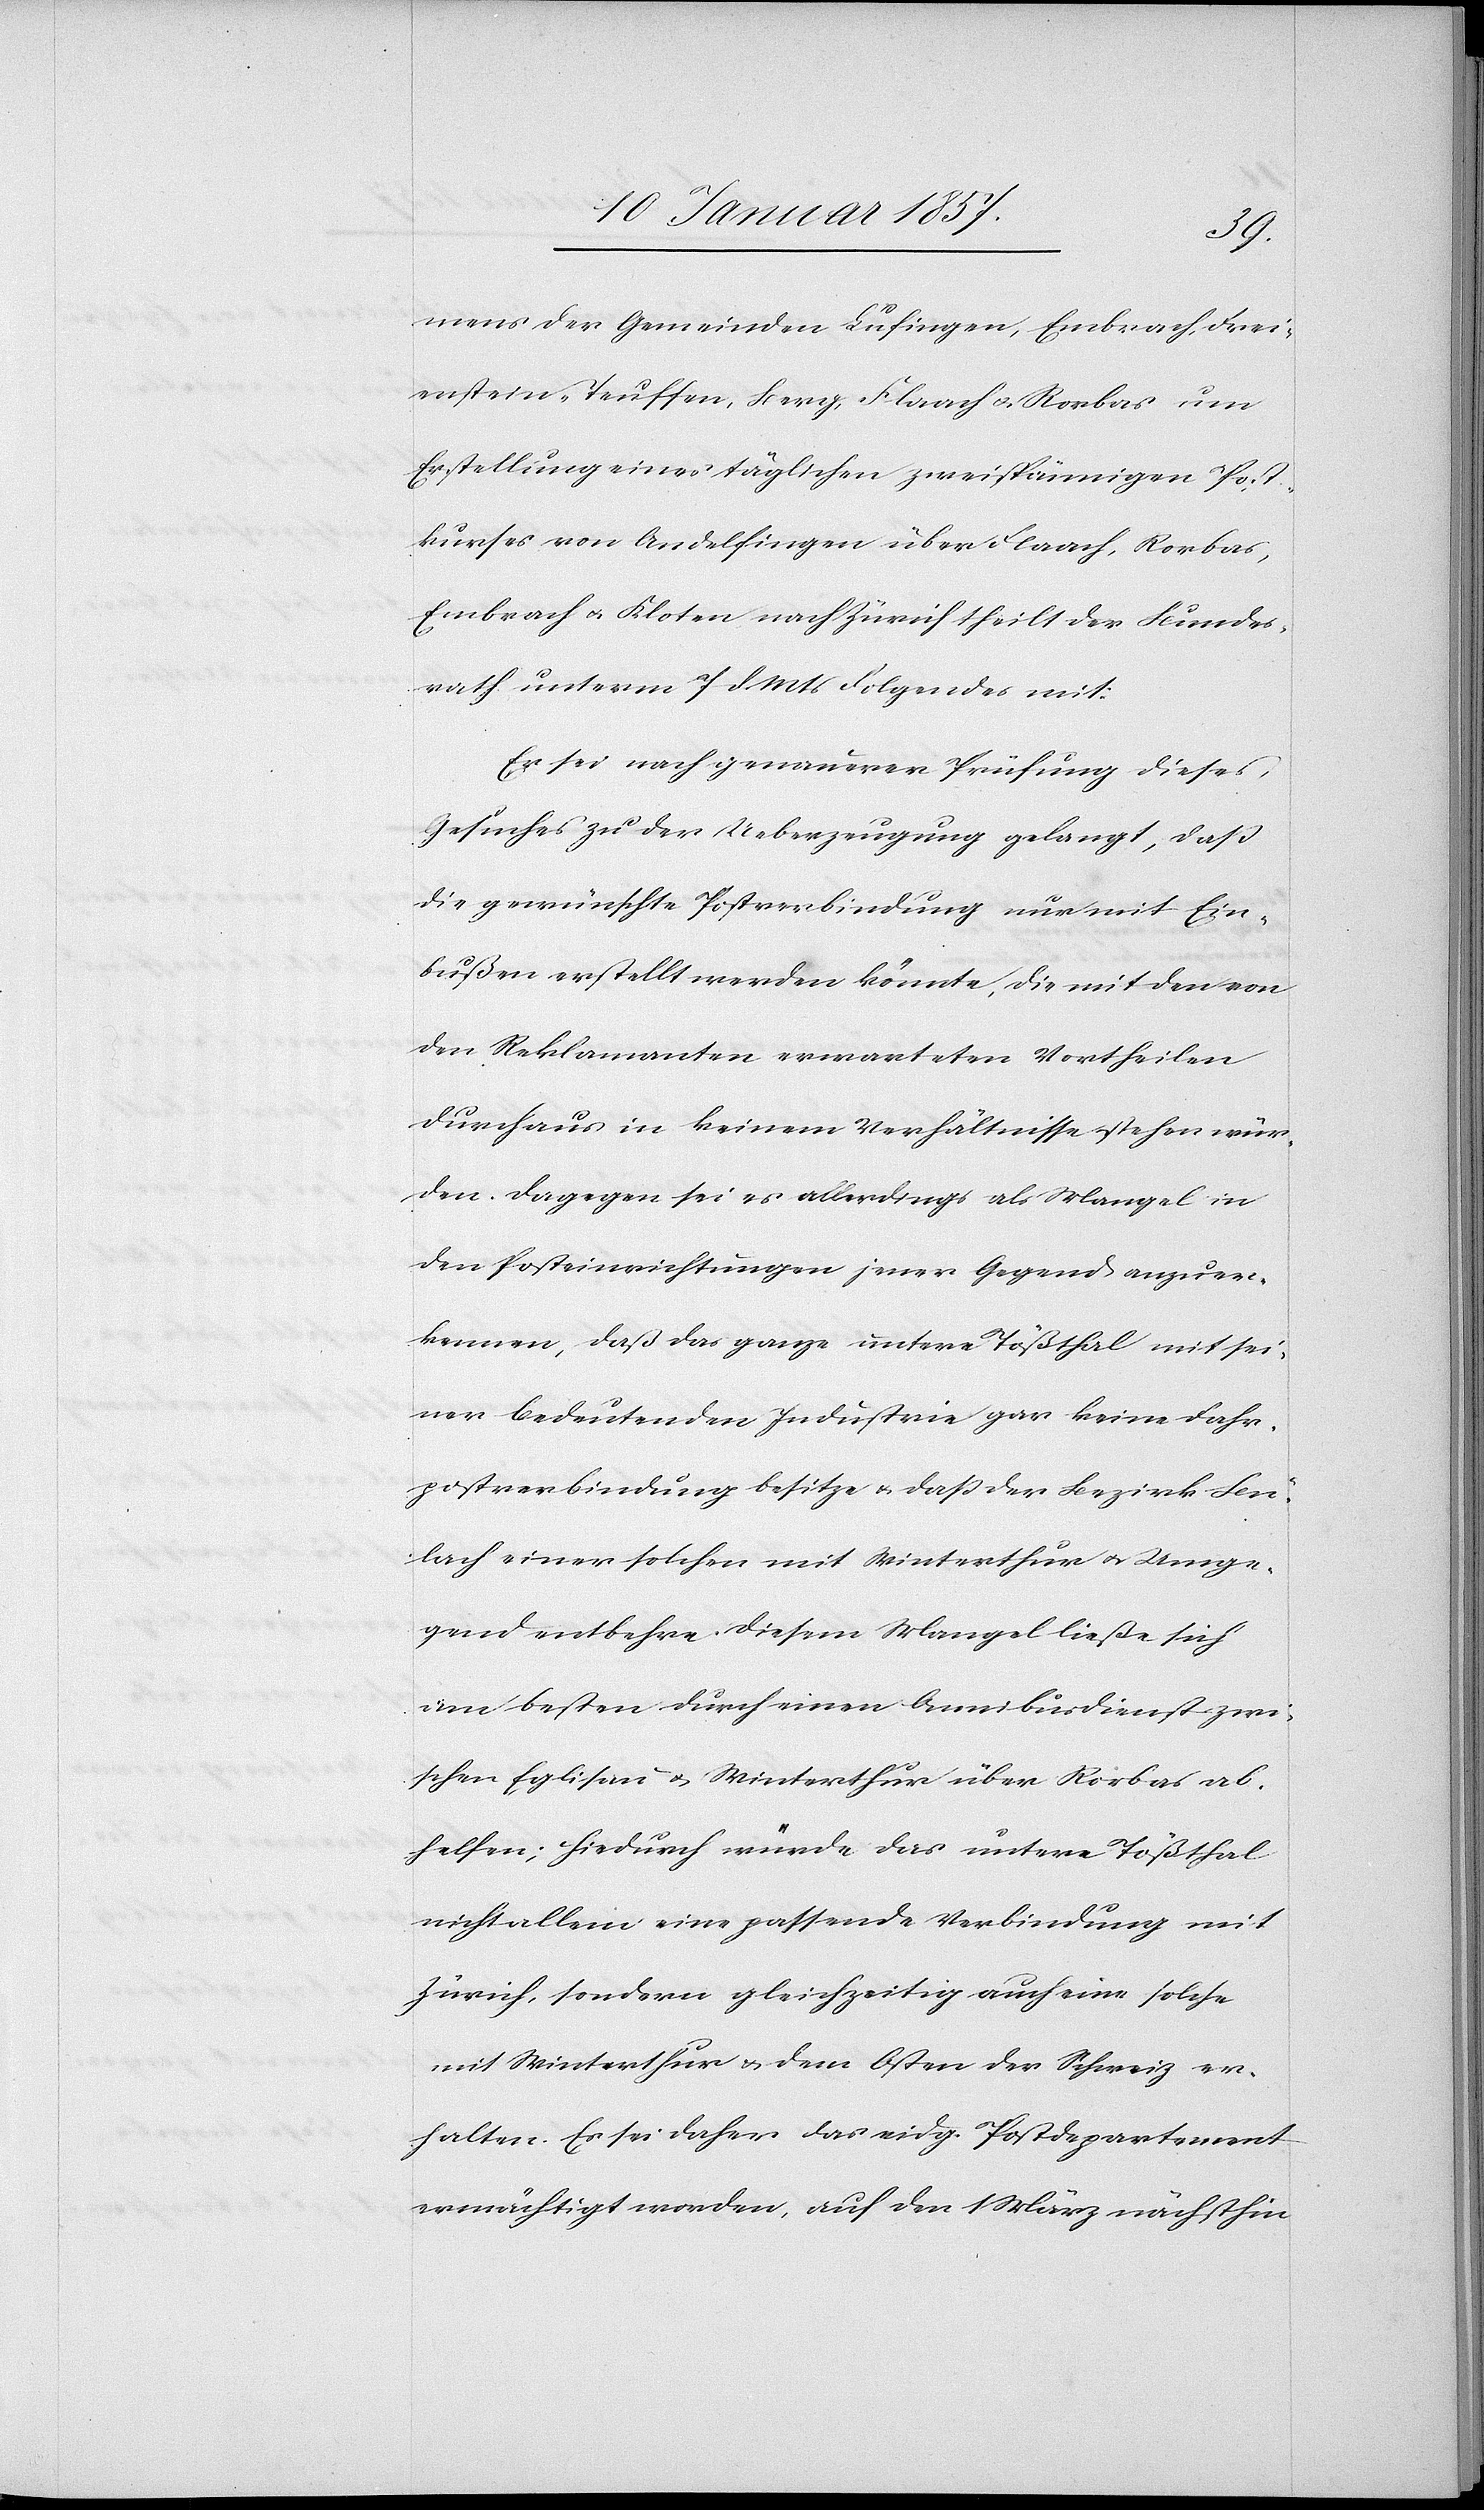
mens der Gemeinden Lufingen, Embrach, Frei¬
enstein-Teuffen, Berg, Flaach u. Rorbas um
Erstellung eines täglichen zweispännigen Post¬
kurses von Andelfingen über Flaach, Rorbas,
Embrach u. Kloten nach Zürich theilt der Bundes¬
rath unterm 7 d. Mts Folgendes mit:
Er sei nach genauerer Prüfung dieses
Gesuches zu der Ueberzeugung gelangt, daß
die gewünschte Postverbindung nur mit Ein¬
bußen erstellt werden könnte, die mit den von
den Reklamanten erwarteten Vortheilen
durchaus in keinem Verhältnisse stehen wür¬
den. Dagegen sei es allerdings als Mangel in
den Posteinrichtungen jener Gegend anzuer¬
kennen, daß das ganze untere Tößthal mit sei¬
ner bedeutenden Industrie gar keine Fahr¬
postverbindung besitze u. daß der Bezirk Bü¬
lach einer solchen mit Winterthur u. Umge¬
gend entbehre. Diesem Mangel ließe sich
am besten durch einen Omnibusdienst zwi¬
schen Eglisau u. Winterthur über Rorbas ab¬
helfen; hiedurch würde das untere Tößthal
nicht allein eine passende Verbindung mit
Zürich, sondern gleichzeitig auch eine solche
mit Winterthur & dem Osten der Schweiz er¬
halten. Es sei daher das eidg. Postdepartement
ermächtigt worden, auf den 1 März nächsthin